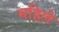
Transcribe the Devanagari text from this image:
महिले